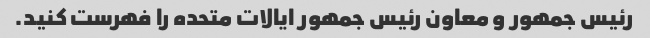
رئیس جمهور و معاون رئیس جمهور ایالات متحده را فهرست کنید.